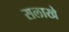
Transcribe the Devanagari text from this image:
सलाखे